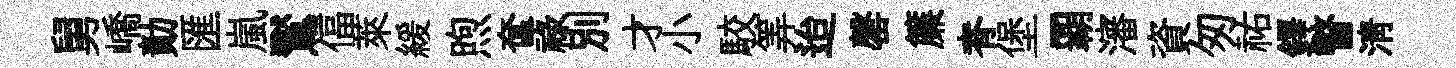
舅嶠勣匯嵐鸑偪萊緩煦奩禄别才小駮筭迨罄簾脊堡覇瀋資匆祐鐸瞥淸